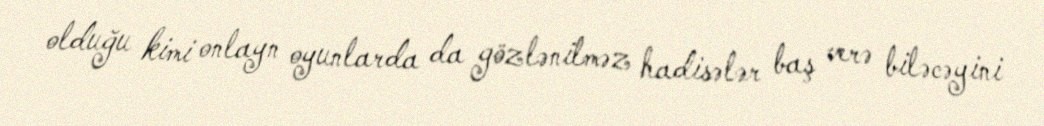
olduğu kimi onlayn oyunlarda da gözlənilməz hadisələr baş verə biləcəyini